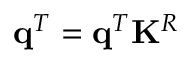
\mathbf { q } ^ { T } = \mathbf { q } ^ { T } \mathbf { K } ^ { R }